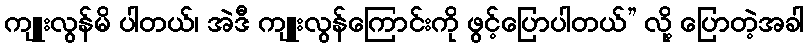
ကျူးလွန်မိ ပါတယ်၊ အဲဒီ ကျူးလွန်ကြောင်းကို ဖွင့်ပြောပါတယ်” လို့ ပြောတဲ့အခါ